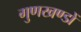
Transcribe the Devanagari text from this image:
गुणखण्डों